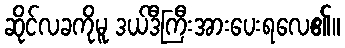
ဆိုင်လခကိုမူ ဒယ်ဒီကြီးအားပေးရလေ၏။